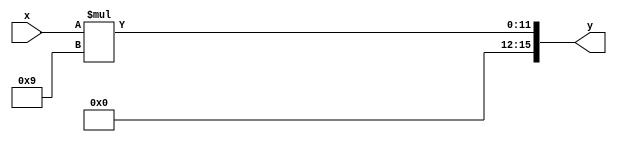
`timescale 1ns / 1ps

module multiply_by_9(
    input [7:0] x,
    output reg [15:0] y
    );
    
    always @(*) begin
        y = x * 9;
    end
endmodule